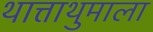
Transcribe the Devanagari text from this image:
थात्ताथुमाला